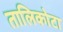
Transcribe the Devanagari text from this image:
तालिकोटा